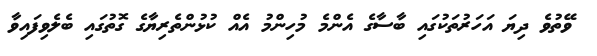
ވޭތުވެ ދިޔަ އަހަރުތަކުގައި ބާސާގެ އެންމެ މުހިންމު އެއް ކުޅުންތެރިޔާގެ ގޮތުގައި ބެލެވިފައިވާ